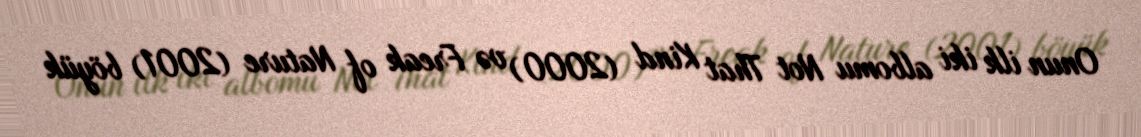
Onun ilk iki albomu Not That Kind (2000) və Freak of Nature (2001) böyük